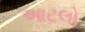
આટલો